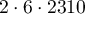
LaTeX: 2 \cdot 6 \cdot 2 3 1 0